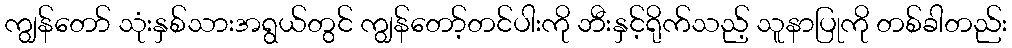
ကျွန်တော် သုံးနှစ်သားအရွယ်တွင် ကျွန်တော့်တင်ပါးကို ဘီးနှင့်ရိုက်သည့် သူနာပြုကို တစ်ခါတည်း